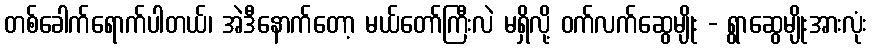
တစ်ခေါက်ရောက်ပါတယ်၊ အဲဒီနောက်တော့ မယ်တော်ကြီးလဲ မရှိလို့ ဝက်လက်ဆွေမျိုး - ရွာဆွေမျိုးအားလုံး